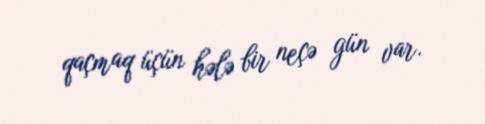
qaçmaq üçün hələ bir neçə gün var.